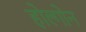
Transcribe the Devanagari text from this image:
होल्गोन